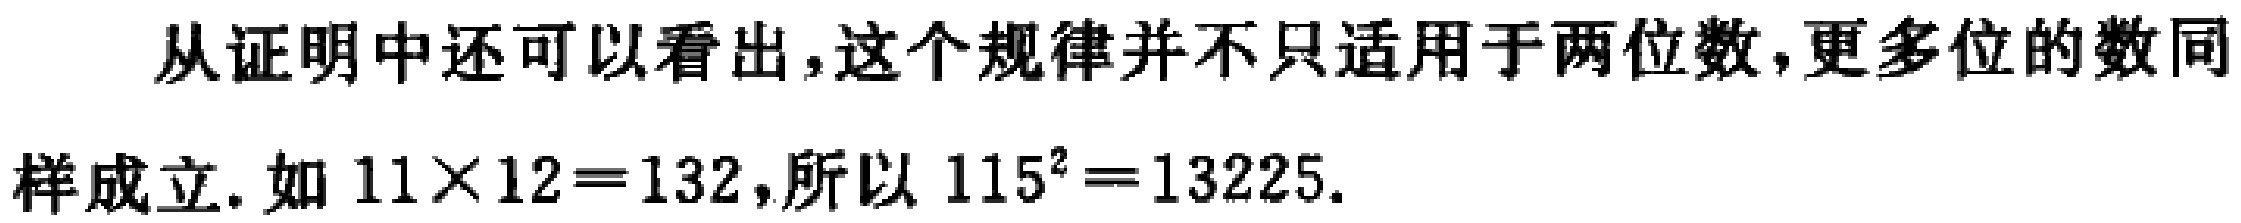
从证明中还可以看出,这个规律并不只适用于两位数,更多位的数同样成立. 如 \(11\times12 = 132\),所以 \(115^{2}=13225\).